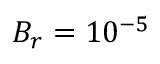
B _ { r } = 1 0 ^ { - 5 }